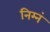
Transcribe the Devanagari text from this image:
निम्नं